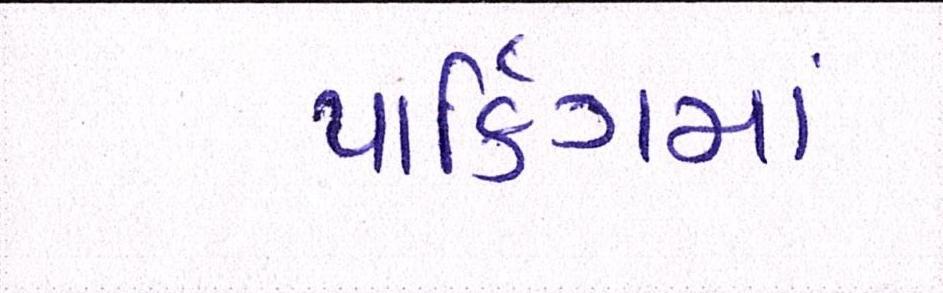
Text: પાર્કિંગમાં